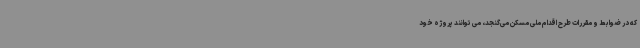
که در ضوابط و مقررات طرح اقدام ملی مسکن می‌گنجد، می توانند پروژه خود